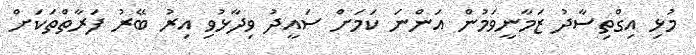
މުޅި އިގްތިސާދު ޒަމާނީވަމުން އަންނަ ކަމަށް ސައީދު ވިދާޅުވި އިރު ބޭރު ފަރާތްތަކަށް